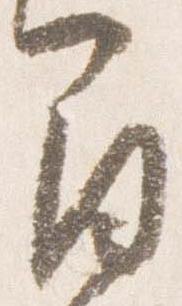
間